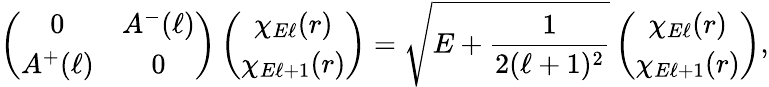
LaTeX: \left(\begin{array}{cc}{{0}}&{{A^{-}(\ell)}}\\ {{A^{+}(\ell)}}&{{0}}\end{array}\right)\left(\begin{array}{c}{{\chi_{E\ell}(r)}}\\ {{\chi_{E\ell+1}(r)}}\end{array}\right)=\sqrt{E+\frac{1}{2(\ell+1)^{2}}}\left(\begin{array}{c}{{\chi_{E\ell}(r)}}\\ {{\chi_{E\ell+1}(r)}}\end{array}\right),